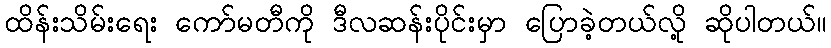
ထိန်းသိမ်းရေး ကော်မတီကို ဒီလဆန်းပိုင်းမှာ ပြောခဲ့တယ်လို့ ဆိုပါတယ်။